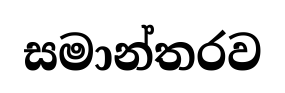
සමාන්තරව